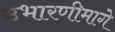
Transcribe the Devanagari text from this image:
उभारणीमागे